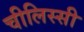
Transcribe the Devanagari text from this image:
चीलिस्सी